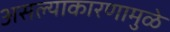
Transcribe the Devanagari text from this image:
असल्याकारणामुळे